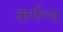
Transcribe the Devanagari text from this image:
कर्मभ्य